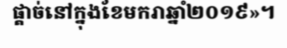
ផ្តាច់នៅក្នុងខែមករាឆ្នាំ២០១៩»។